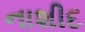
નાશીદ